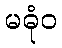
မဓုံဝ